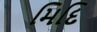
મિદિ